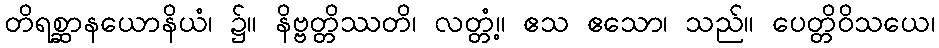
တိရစ္ဆာနယောနိယံ၊ ၌။ နိဗ္ဗတ္တိဿတိ၊ လတ္တံ့။ ဧသ ဧသော၊ သည်။ ပေတ္တိဝိသယေ၊